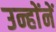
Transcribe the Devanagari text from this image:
उन्हाेंनें